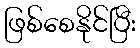
ဖြစ်စေနိုင်ပြီး